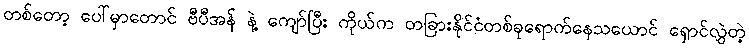
တစ်တော့ ပေါ်မှာတောင် ဗီပီအန် နဲ့ ကျော်ပြီး ကိုယ်က တခြားနိုင်ငံတစ်ခုရောက်နေသယောင် ရှောင်လွှဲတဲ့